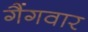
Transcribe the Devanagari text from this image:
गैंगवार